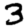
Digit: 3